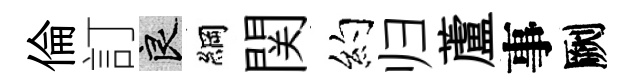
倫訂良綱関约归蘆事劂